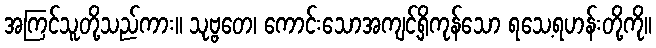
အကြင်သူတို့သည်ကား။ သုဗ္ဗတေ၊ ကောင်းသောအကျင့်ရှိကုန်သော ရသေ့ရဟန်းတို့ကို။